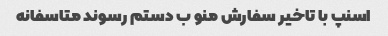
اسنپ با تاخیر سفارش منو ب دستم‌ رسوند متاسفانه